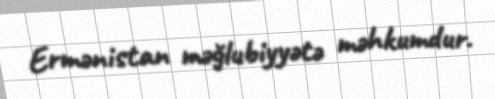
Ermənistan məğlubiyyətə məhkumdur.